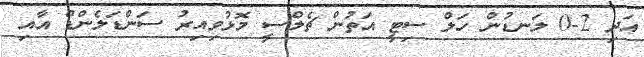
އަދި 2-0 ލަނޑުން ހަލް ސިޓީ އަތުން ޗެލްސީ މޮޅުވިއިރު ސަންޑަލެންޑް އާއި